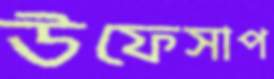
উফেসাপ